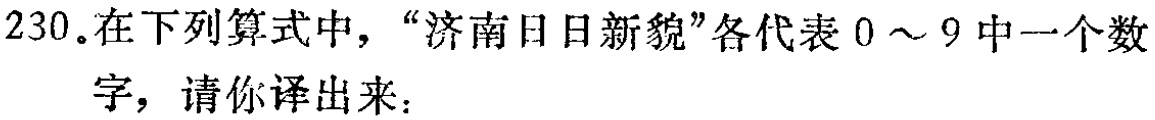
230.在下列算式中，“济南日日新貌”各代表 \(0\sim 9\) 中一个数字，请你译出来：